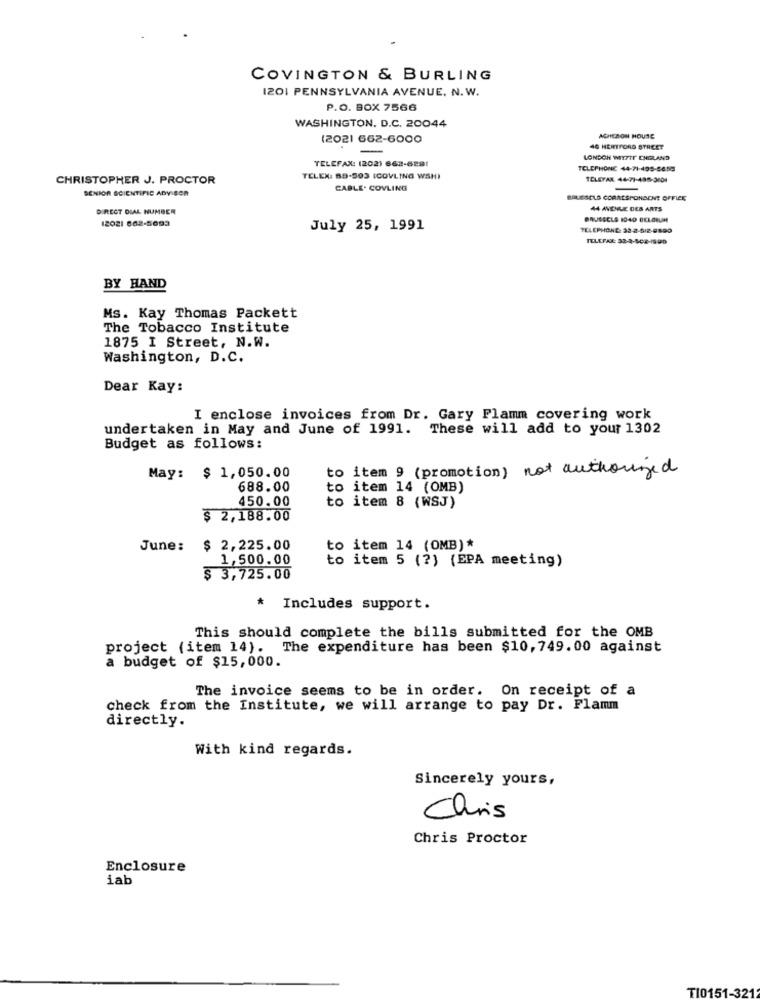
COVINGTON & BURLING
1201 PENNSYLVANIA AVENUE. N.W.
P.O. BOX 7566
WASHINGTON, D.C. 20044
(2021 662-6000
ACHERON HOUSE
-
46 HERTFORD STREET
LONDON WITTTE ENGLAND
TELEFAX: (202) 662-6291
TELEPHONE 44-71-495-8855
CHRISTOPHER J. PROCTOR
TELEX: 88-593 ICOVLING WSHI
TELEYAR 44-71-498-3004
SENIOR SCIENTIFIC ADY BOR
CABLE. COVLING
BRUSSELS CORRESPONDENT OFFICE
DIRECT DIAL NUMBER
44 AVENUE DES ARTS
12021 662-5093
July 25, 1991
TELEPHONE: 32-2-512-8890
TELEFAX: 32-2-508-1990
BY HAND
Ms. Kay Thomas Packett
The Tobacco Institute
1875 I Street, N.W.
Washington, D.C.
Dear Kay:
I enclose invoices from Dr. Gary Flamm covering work
undertaken in May and June of 1991. These will add to your 1302
Budget as follows:
to item 9 (promotion) not authorized
May: $ 1,050.00
688.00
to item 14 (OMB)
450.00
to item 8 (WSJ)
$ 2,188.00
June: $ 2,225.00
to item 14 (OMB)*
1,500.00
to item 5 (?) (EPA meeting)
$ 3,725.00
* Includes support.
This should complete the bills submitted for the OMB
project (item 14). The expenditure has been $10, 749.00 against
a budget of $15,000.
The invoice seems to be in order. On receipt of a
check from the Institute, we will arrange to pay Dr. Flamm
directly.
With kind regards.
Sincerely yours,
Chris
Chris Proctor
Enclosure
iab
TI0151-3212